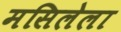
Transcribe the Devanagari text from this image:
मसिलेला